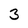
Character: 3